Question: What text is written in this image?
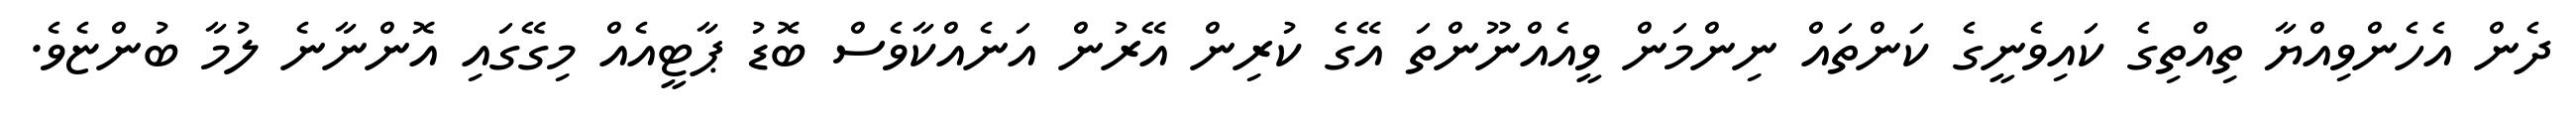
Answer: ދެން އެހެންވިއްޔާ ތިއްތިގެ ކައިވެނީގެ ކަންތައް ނިންމަން ވީއެއްނޫންތަ އޭގެ ކުރިން އޭރުން އަނެއްކާވެސް ބޮޑު ޕާޓީއެއް މިގޭގައި އޮންނާނެ ލުމާ ބުންޏެވެ.